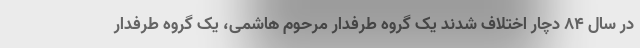
در سال ۸۴ دچار اختلاف شدند یک گروه طرفدار مرحوم هاشمی، یک گروه طرفدار